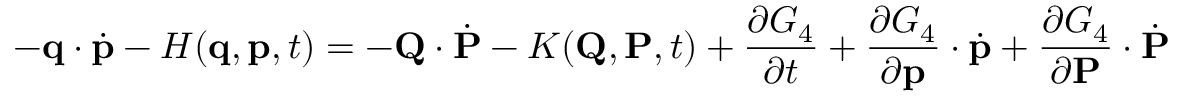
- \mathbf { q } \cdot { \dot { \mathbf { p } } } - H ( \mathbf { q } , \mathbf { p } , t ) = - \mathbf { Q } \cdot { \dot { \mathbf { P } } } - K ( \mathbf { Q } , \mathbf { P } , t ) + { \frac { \partial G _ { 4 } } { \partial t } } + { \frac { \partial G _ { 4 } } { \partial \mathbf { p } } } \cdot { \dot { \mathbf { p } } } + { \frac { \partial G _ { 4 } } { \partial \mathbf { P } } } \cdot { \dot { \mathbf { P } } }